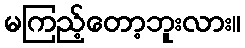
မကြည့်တော့ဘူးလား။